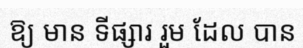
ឱ្យ មាន ទីផ្សារ រួម ដែល បាន